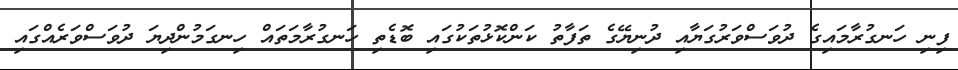
ފިނި ހަނގުރާމައިގެ ދުވަސްވަރުގަޔާއި ދުނިޔޭގެ ތަފާތު ކަންކޮޅުތަކުގައި ބޮޑެތި ހަނގުރާމަތައް ހިނގަމުންދިޔަ ދުވަސްވަރެއްގައި